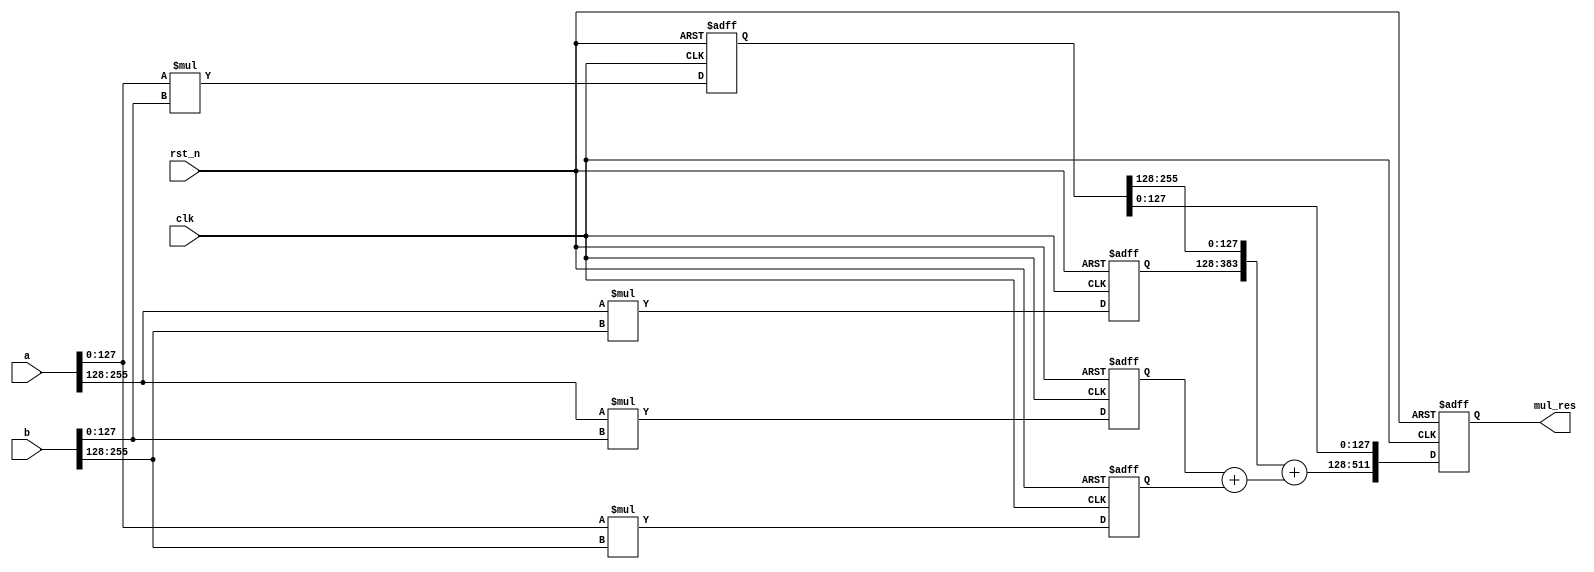
//Project Name: KO_Mult_V2
//Author  Name: Tianao Dai
//Time        : 2022.12.9
//introduce   : mul_res = a*b
//

module KO_V2(
    input clk,
    input rst_n,
    input [256-1:0] a,
    input [256-1:0] b,
    output[512-1:0] mul_res
);



wire[127:0]  a0,a1,b0,b1;
assign      {a1,a0,b1,b0} = {a,b};

//------------------------------stage 1
reg[255:0] t1,t2,t3,t4;
always@(posedge clk,negedge rst_n)begin
    if(!rst_n)begin
        t1 <= 0;
        t2 <= 0;
        t3 <= 0;
        t4 <= 0;
    end
    else begin
        t1 <= a0 * b0;
        t2 <= a1 * b1;
        t3 <= a1 * b0;
        t4 <= a0 * b1;
    end 
end


//-------------------------------stage2
wire[511:0]T1;
wire[256:0]T2;
reg[511:0]mul_res_t;
assign T1 = {t2,t1};
assign T2 = t3 + t4;
always @(posedge clk,negedge rst_n)begin
    if(!rst_n)
        mul_res_t <= 0;
    else begin
        mul_res_t[511:128] <= T1[511:128] + T2;
        mul_res_t[127:0] <= T1[127:0];
    end
end

assign mul_res = mul_res_t;
endmodule